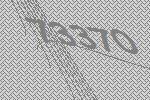
73370